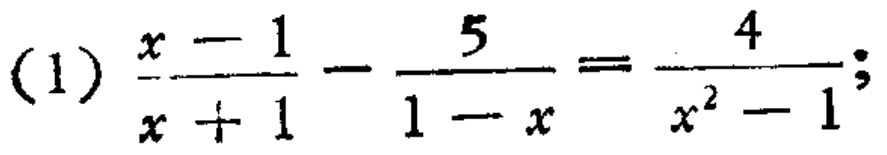
(1) $\frac{x - 1}{x + 1}-\frac{5}{1 - x}=\frac{4}{x^{2}-1}$;